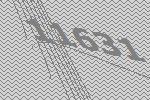
11631